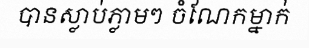
បានស្លាប់ភ្លាមៗ ចំណែកម្នាក់